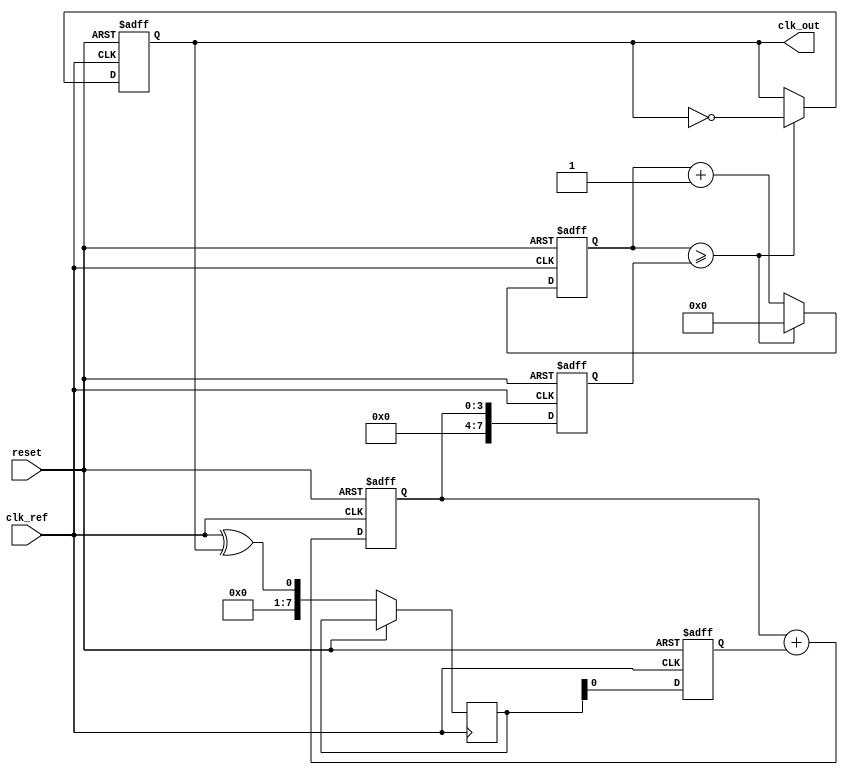
module ADPLL (
    input wire clk_ref,          // Reference clock input
    input wire reset,            // Reset signal
    output reg clk_out           // Output clock signal
);

// Parameters
parameter N = 8;                // DCO frequency control bits
parameter LF_SIZE = 4;          // Loop filter size
parameter PHASE_DETECTOR_WIDTH = 1; // Phase detector output width

// Internal signals
reg [N-1:0] dco_freq;           // DCO frequency control
reg [LF_SIZE-1:0] loop_filter;  // Loop filter output
reg [PHASE_DETECTOR_WIDTH-1:0] phase_diff; // Phase difference
reg [N-1:0] dco_counter;        // DCO counter
reg [N-1:0] phase_detector_out; // Phase detector output

// Phase Detector (PD)
always @(posedge clk_ref or posedge reset) begin
    if (reset) begin
        phase_diff <= 0;
    end else begin
        // Simple XOR phase detector
        phase_detector_out <= (clk_ref ^ clk_out);
        phase_diff <= phase_detector_out; // Capture phase difference
    end
end

// Loop Filter (LF)
always @(posedge clk_ref or posedge reset) begin
    if (reset) begin
        loop_filter <= 0;
    end else begin
        // Simple low-pass filter (1st order)
        loop_filter <= loop_filter + phase_diff; // Integrate phase difference
    end
end

// Digital Controlled Oscillator (DCO)
always @(posedge clk_ref or posedge reset) begin
    if (reset) begin
        dco_freq <= 0;
        dco_counter <= 0;
        clk_out <= 0;
    end else begin
        // Update DCO frequency based on loop filter output
        dco_freq <= loop_filter;

        // DCO counter logic
        if (dco_counter >= dco_freq) begin
            clk_out <= ~clk_out; // Toggle output clock
            dco_counter <= 0;     // Reset counter
        end else begin
            dco_counter <= dco_counter + 1; // Increment counter
        end
    end
end

endmodule